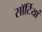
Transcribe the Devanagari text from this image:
साॅर्टियां